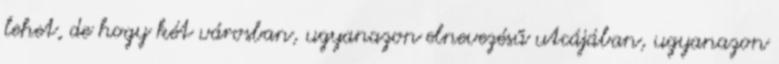
lehet, de hogy két városban, ugyanazon elnevezésű utcájában, ugyanazon